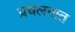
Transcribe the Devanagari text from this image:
प्रचलनात